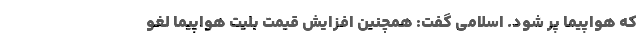
که هواپیما پُر شود. اسلامی گفت: همچنین افزایش قیمت بلیت هواپیما لغو